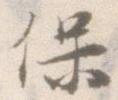
保